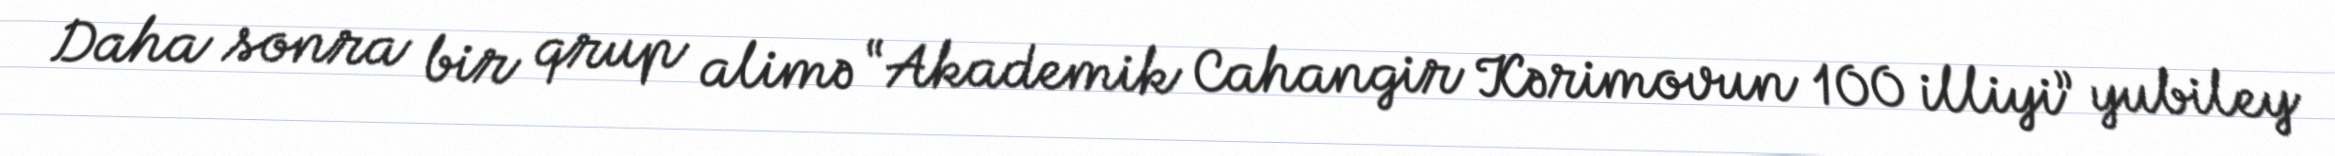
Daha sonra bir qrup alimə “Akademik Cahangir Kərimovun 100 illiyi” yubiley